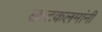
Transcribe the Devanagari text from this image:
छाटकलमांनी